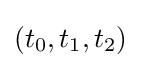
(t_{0},t_{1},t_{2})